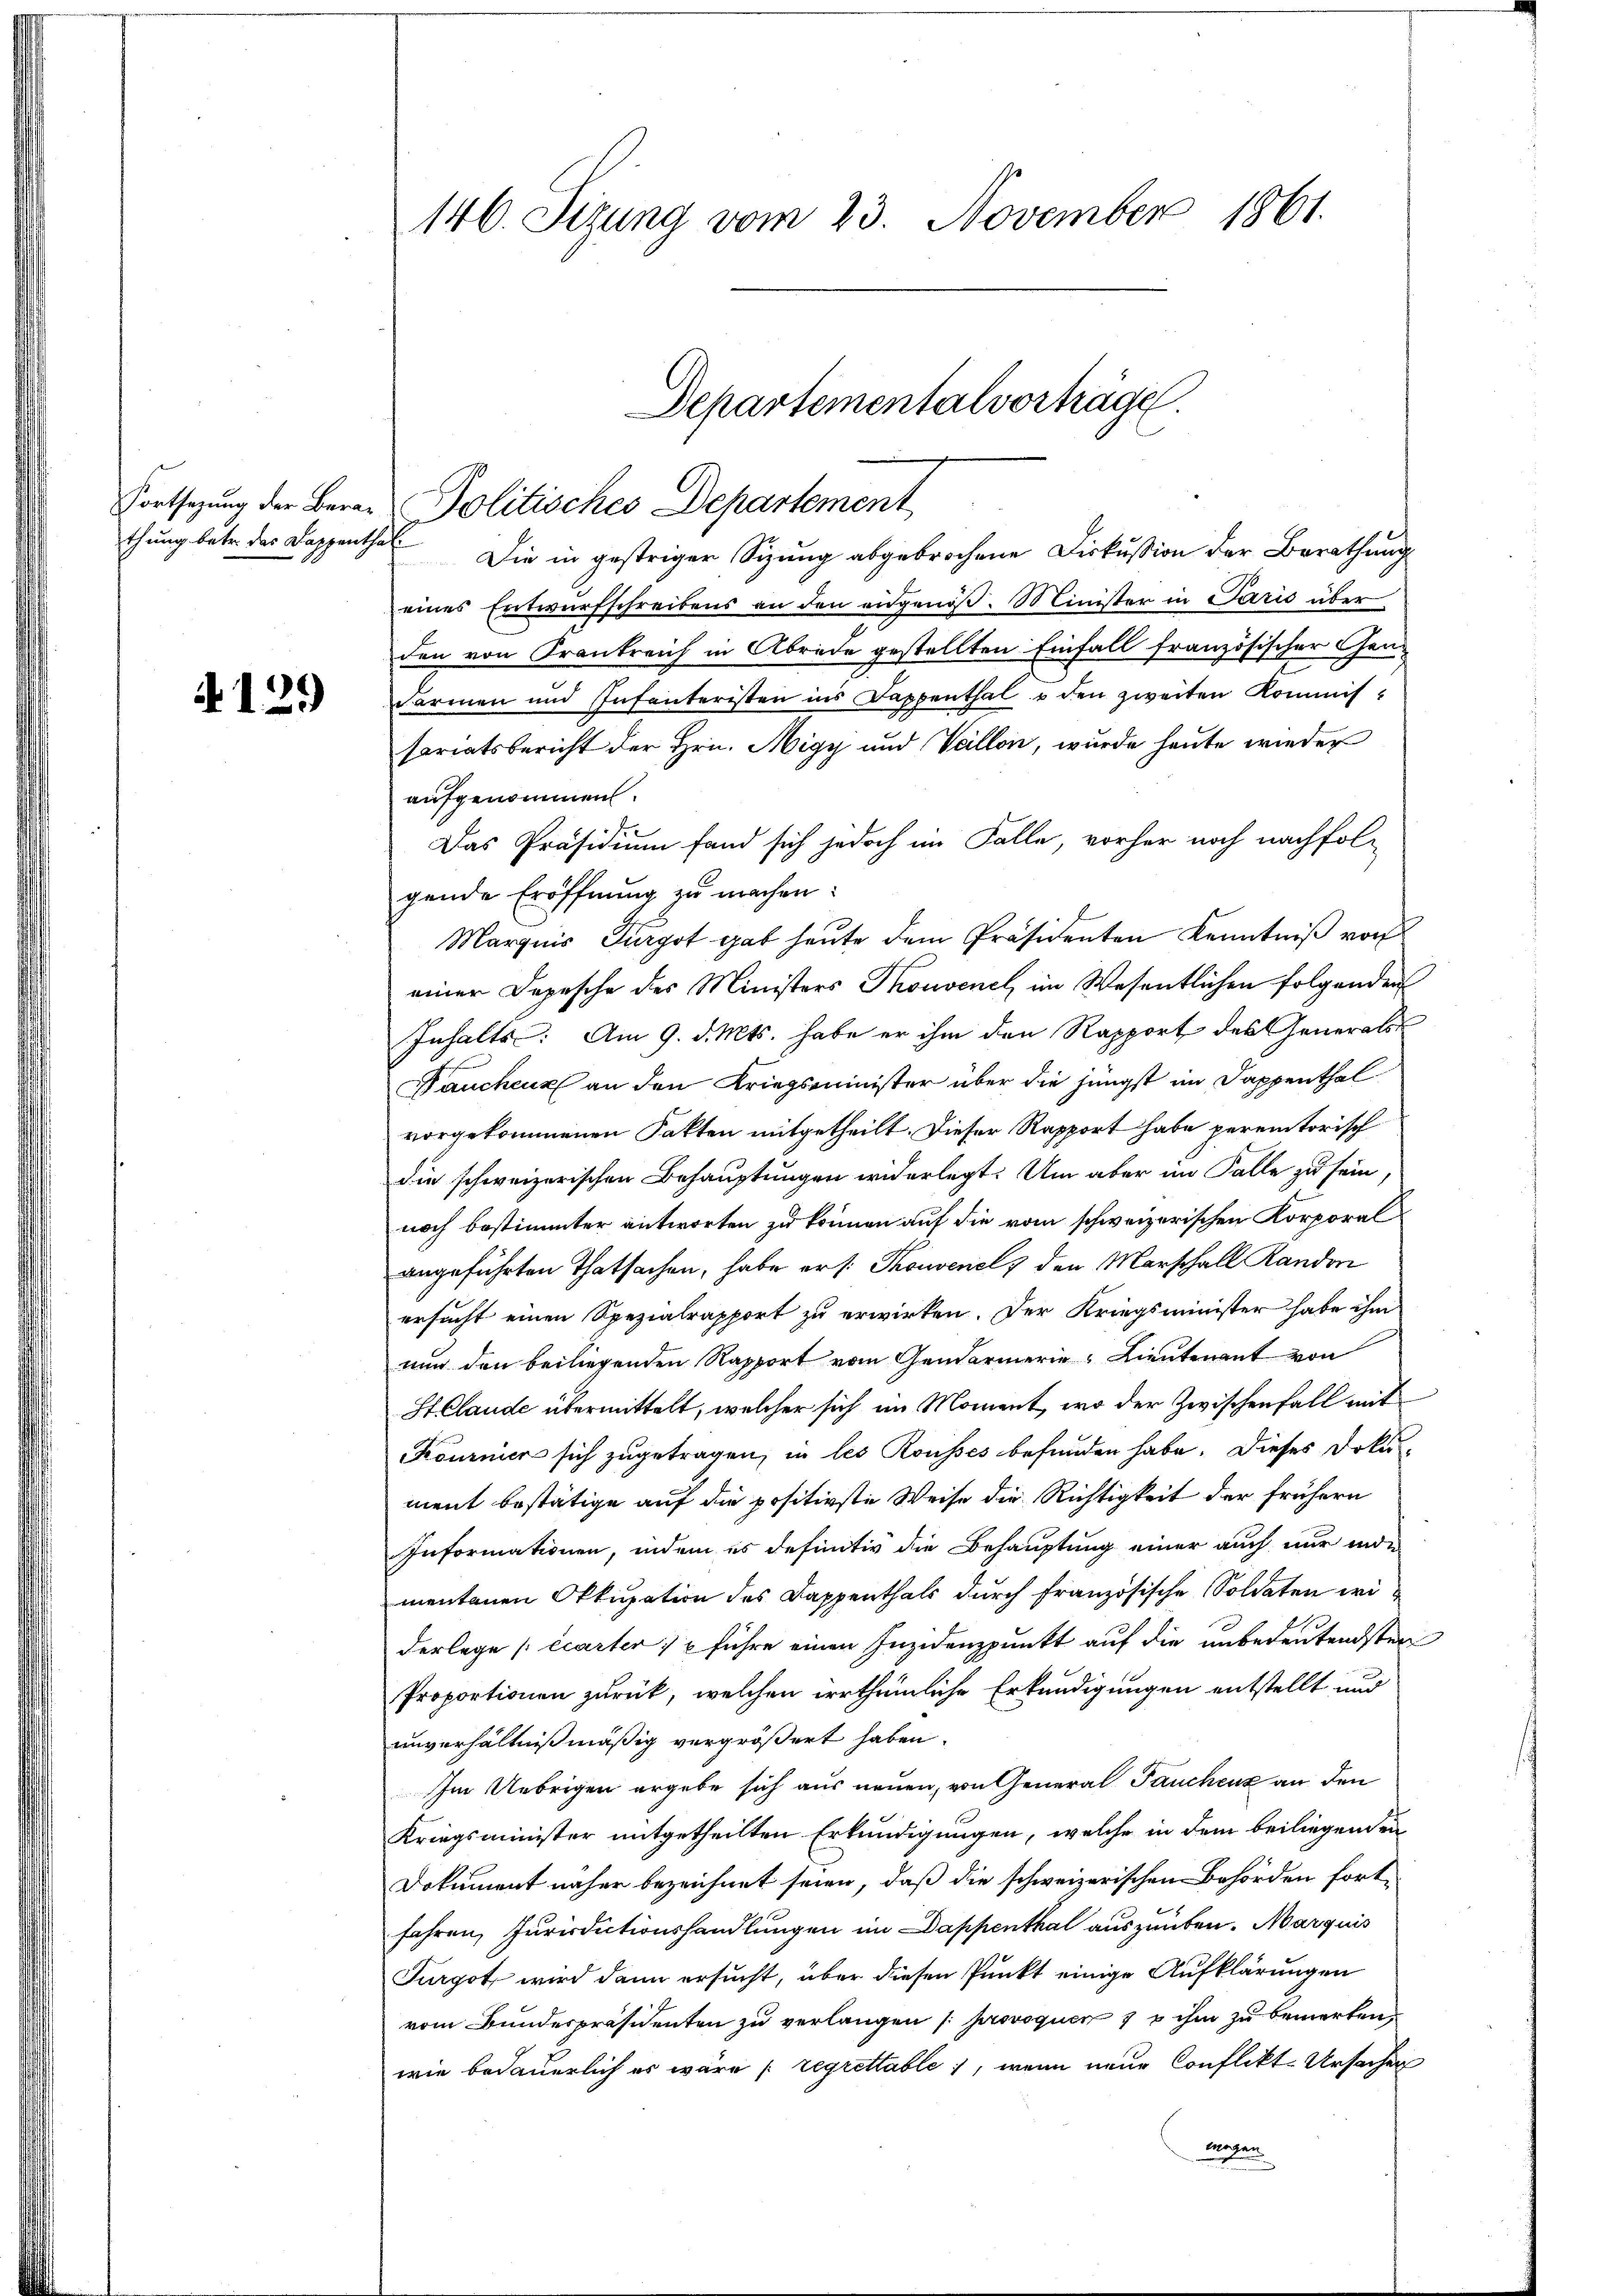
4129

146. Sizung vom 23. November 1861.

Departementalvorträge.
Fortsetzung der Bera- Politisches Departement

thung betr. des Dappenthal. Die in gestriger Sitzung abgebrochene Diskussion der Berathung
eines Entwurfschreibens an den eidgenöß. Minister in Paris über
den von Krankreich in Abrede gestellten Einfall französischer Gen
Formen und Infanteristen ins Dappenthal u den zweiten Kommissariatsbericht der Hrn. Nigy und Veillon, wurde heute wieder
aufgenommen.
Das Präsidium fand sich jedoch im Falle, vorher noch nachfolgende Eröffnŭng zŭ machen:
Marquis Furgot gab heute dem Präsidenten Kenntniß von
einer Depesche des Ministers Thonvenel, im Wesentlichen folgenden
Inhalts: Am 9. d. Mts. habe er ihm den Rapport des Generals
Fauchenk an den Kriegsminister über die jüngst im Dappenthal
vorgekommenen Fakten mitgetheilt. Dieser Rapport habe peremtorisch
die schweizerischen Behauptungen widerlegt. Um aber im Falle zu sein,
noch bestimmter antworten zu können auf die vom schweizerischen Korporalangeführten Thatsachen, habe er /: Thonvenel, den Marschall Randon
ersucht einen Spezialrapport zu erwirken. Der Kriegsminister habe ihm
nur den beiliegenden Rapport vom Gendarmerie-Lieutenant von
St Claude übermittelt, welcher sich im Moment, wo der Zwischenfall mit
Kournier sich zugetragen, in les Rousses befunden habe. Dieses Doku-
ment bestätige auf die positivste Weise die Richtigkeit der frühern
Informationen, indem es definitiv die Behauptung einer auch nur inde
mentanen Okkupation des Dappenthals durch französische Soldaten wi
derlege [écarter :/ u führe einen Insidenzpunkt auf die unbedeutendsten
Proportionen zurück, welchen irrthümliche Erkundigungen entstellt und
unverhältnißmäßig vergrößert haben.
Im Uebrigen ergebe sich aus neuen, von General Pauchenz an den
Kriegsminister mitgetheilten Erkundigungen, welche in dem beiliegenden
Dokument näher bezeichnet seien, daß die schweizerischen Behörden fortfahren, Jurisdictionshandlungen im Dappenthal auszuüben. Marquis
Furgot, wird dann ersucht, über diesen Punkt einige Aufklärungen
vom Bunderpräsidenten zu verlangen /: provoquer 1 u ihm zu bemerken
wie bedauerlich es wäre [regrettable, wenn neue Conflikte Ursachen
mogen